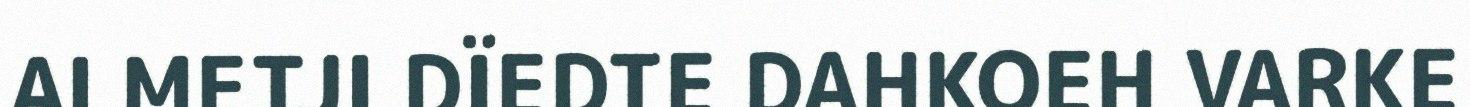
ALMETJI DÏEDTE DAHKOEH VARKE